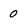
Character: 0